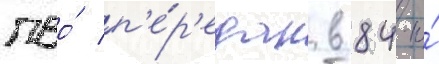
пво́ п'е́р'едан в 84-ю́